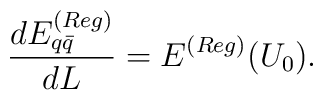
\frac{d E_{q\bar{q}}^{(Reg)}}{d L} = E^{(Reg)}(U_0).